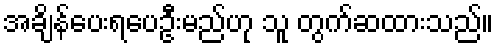
အချိန်ပေးရပေဦးမည်ဟု သူ တွက်ဆထားသည်။